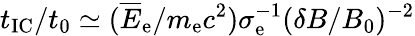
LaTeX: t_{\mathrm{IC}}/t_{0}\simeq(\overline{E}_{\mathrm{e}}/m_{\mathrm{e}}c^{2})\sigma_{\mathrm{e}}^{-1}(\delta B/B_{0})^{-2}